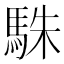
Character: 駯